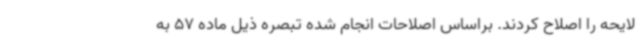
لایحه را اصلاح کردند. براساس اصلاحات انجام شده تبصره ذیل ماده 57 به